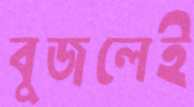
বুজলেই